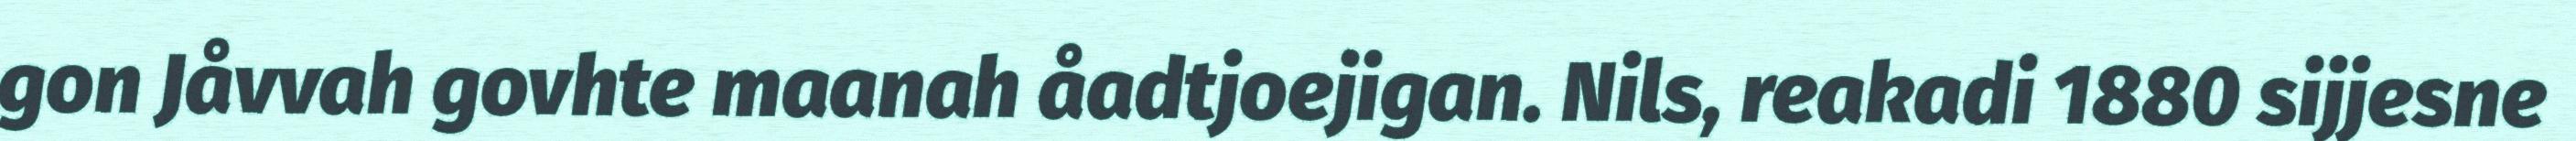
gon Jåvvah govhte maanah åadtjoejigan. Nils, reakadi 1880 sijjesne